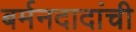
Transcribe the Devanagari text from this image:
बर्मनदादांची